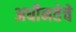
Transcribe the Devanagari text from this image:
अधीनतेचे